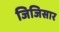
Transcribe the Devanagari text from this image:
जिजिसार